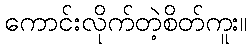
ကောင်းလိုက်တဲ့စိတ်ကူး။